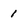
Character: 1